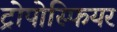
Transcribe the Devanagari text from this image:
ट्रोपोस्फियर